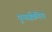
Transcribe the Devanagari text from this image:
पुनर्सक्रीय